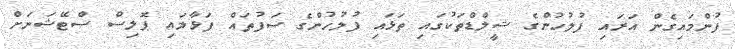
ފުންމައިގެން އަރައި ފުލުހުންގެ ޝީލްޑްތަކުގައި ތަޅައި ފުލުހުންގެ ސަފުތައް ފަޅާލައި ޕޮލިސް ސްޓޭޝަނަށް